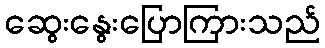
ဆွေးနွေးပြောကြားသည်